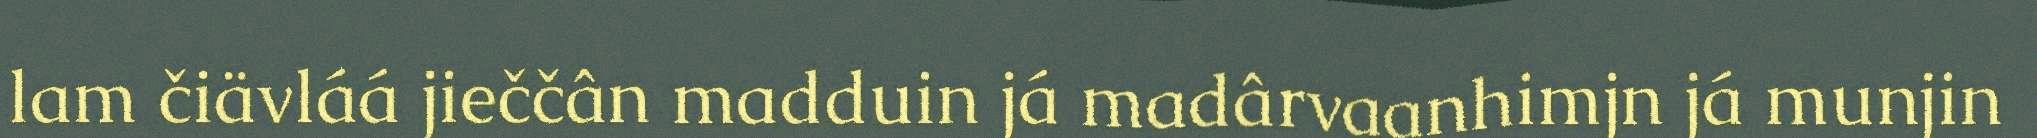
lam čiävláá jieččân madduin já madârvaanhimjn já munjin